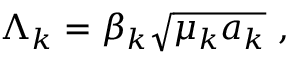
\Lambda _ { k } = \beta _ { k } \sqrt { \mu _ { k } a _ { k } } \ ,